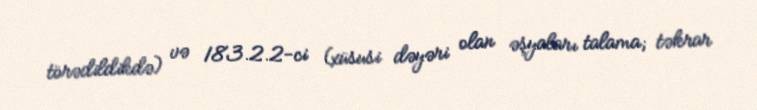
törədildikdə) və 183.2.2-ci (xüsusi dəyəri olan əşyaları talama; təkrar